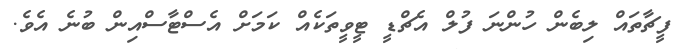
ފީޗާތައް ލިބެން ހުންނަ ފުލް އެޗްޑީ ޓީވީތަކެއް ކަމަށް އެސްޓާސްއިން ބުނެ އެވެ.